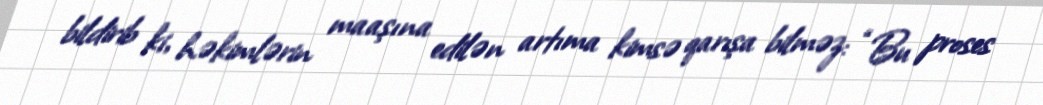
bildirib ki, həkimlərin maaşına edilən artıma kimsə qarışa bilməz: “Bu proses